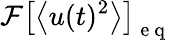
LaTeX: \mathcal{F}\left[\left<u(t)^{2}\right>\right]_{\mathrm{~e~q~}}